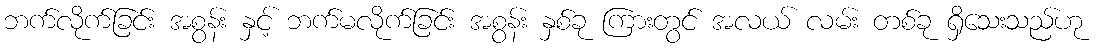
ဘက်လိုက်ခြင်း အစွန်း နှင့် ဘက်မလိုက်ခြင်း အစွန်း နှစ်ခု ကြားတွင် အလယ် လမ်း တစ်ခု ရှိသေးသည်ဟု